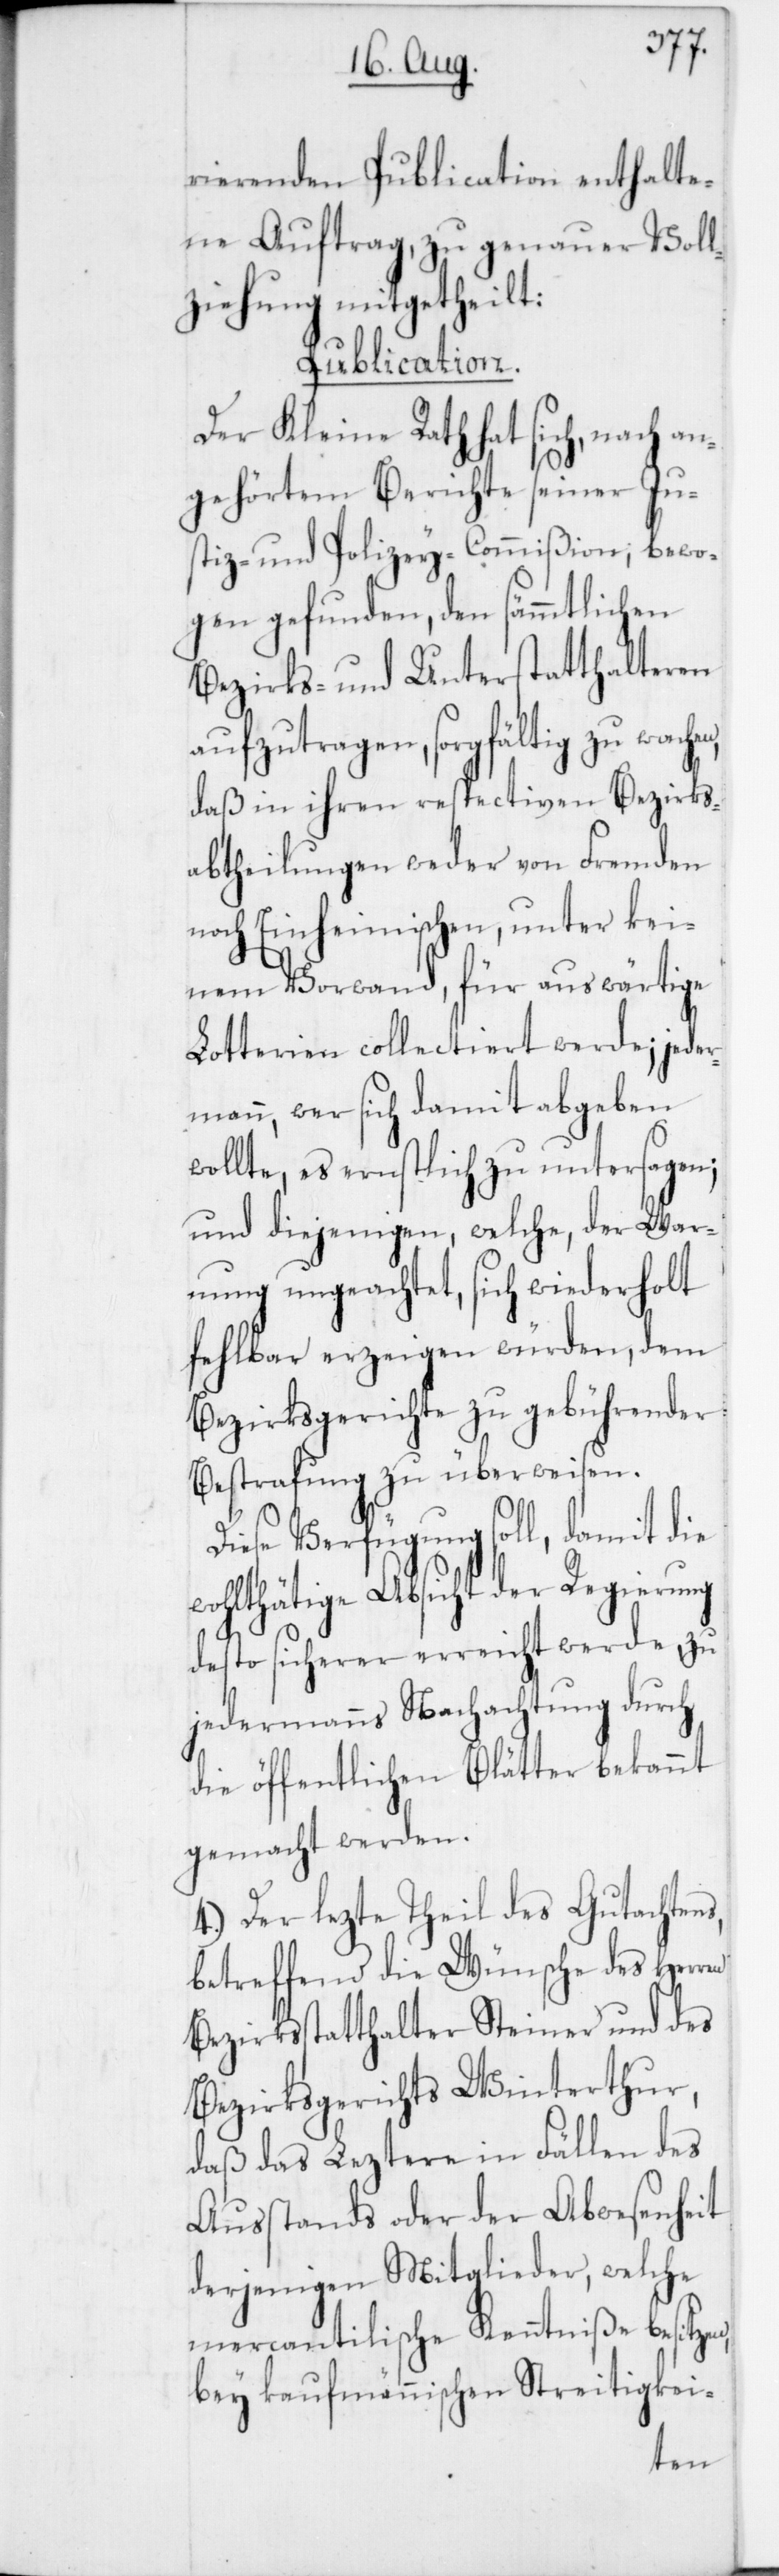
rierenden Publication enthalte¬
ne Auftrag, zu genauer Voll¬
ziehung mitgetheilt:
Publication.
Der Kleine Rath hat sich, nach an¬
gehörtem Berichte seiner Ju¬
stiz- und Polizey-Commißion bewo¬
gen gefunden, den sämmtlichen
Bezirks- und Unterstatthalteren
aufzutragen, sorgfältig zu wachen,
daß in ihren respectiven Bezirks¬
abtheilungen weder von Fremden
noch Einheimischen, unter kei¬
nem Vorwand, für auswärtige
Lotterien collectiert werde; jeder¬
mann, wer sich damit abgeben
wollte, es ernstlich zu untersagen;
und diejenigen, welche der War¬
nung ungeachtet, sich wiederholt
fehlbar erzeigen würden, dem
Bezirksgerichte zu gebührender
Bestrafung zu überweisen.
Verfügung soll, damit die
wohlthätige Absicht der Regierung
desto sicherer erreicht werde, zu
jedermanns Nachachtung durch
die öffentlichen Blätter bekann¬
tgemacht werden.
4) Der lezte Theil des Gutachtens,
betreffend die Wünsche des Herren
Bezirksstatthalter Steiner und des
Bezirksgerichts Winterthur,
daß das Leztere in Fällen des
Ausstands oder der Abwesenheit
derjenigen Mitglieder, welche
mercantilische Kenntniße besitzen,
bey kaufmännischen Streitigkei-